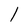
Character: l